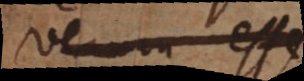
verum esse